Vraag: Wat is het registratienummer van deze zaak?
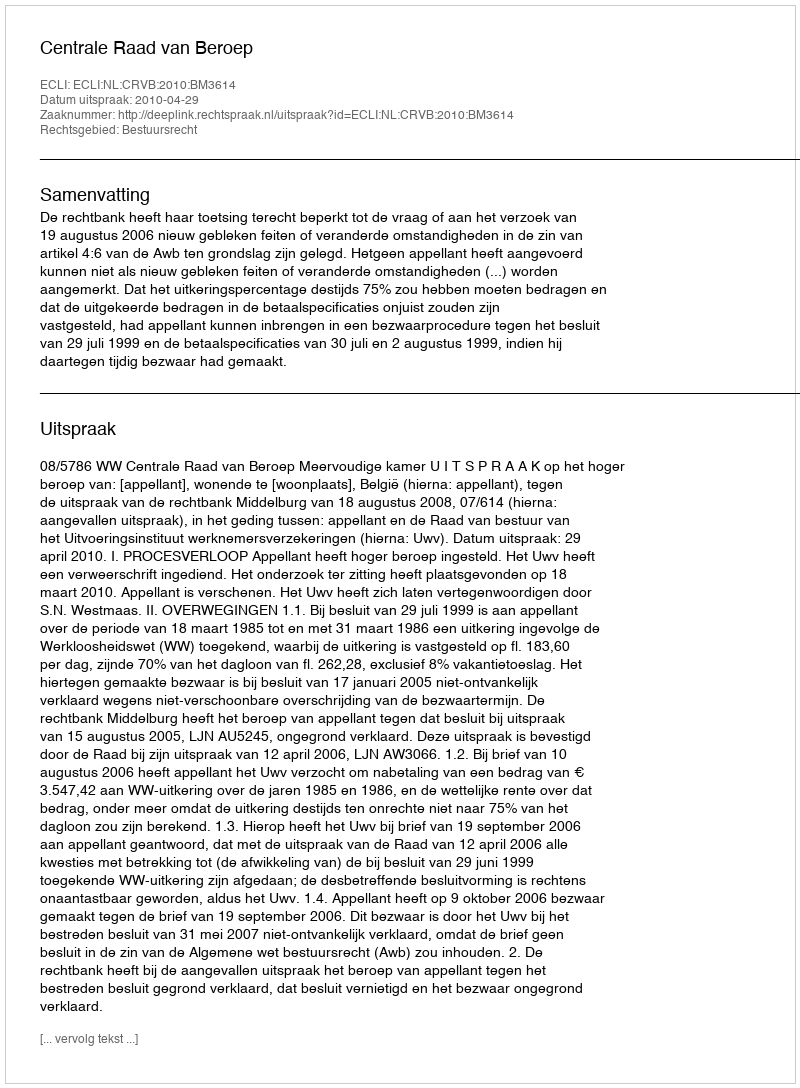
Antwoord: http://deeplink.rechtspraak.nl/uitspraak?id=ECLI:NL:CRVB:2010:BM3614